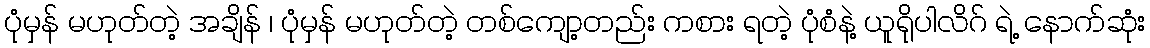
ပုံမှန် မဟုတ်တဲ့ အချိန် ၊ ပုံမှန် မဟုတ်တဲ့ တစ်ကျော့တည်း ကစား ရတဲ့ ပုံစံနဲ့ ယူရိုပါလိဂ် ရဲ့ နောက်ဆုံး